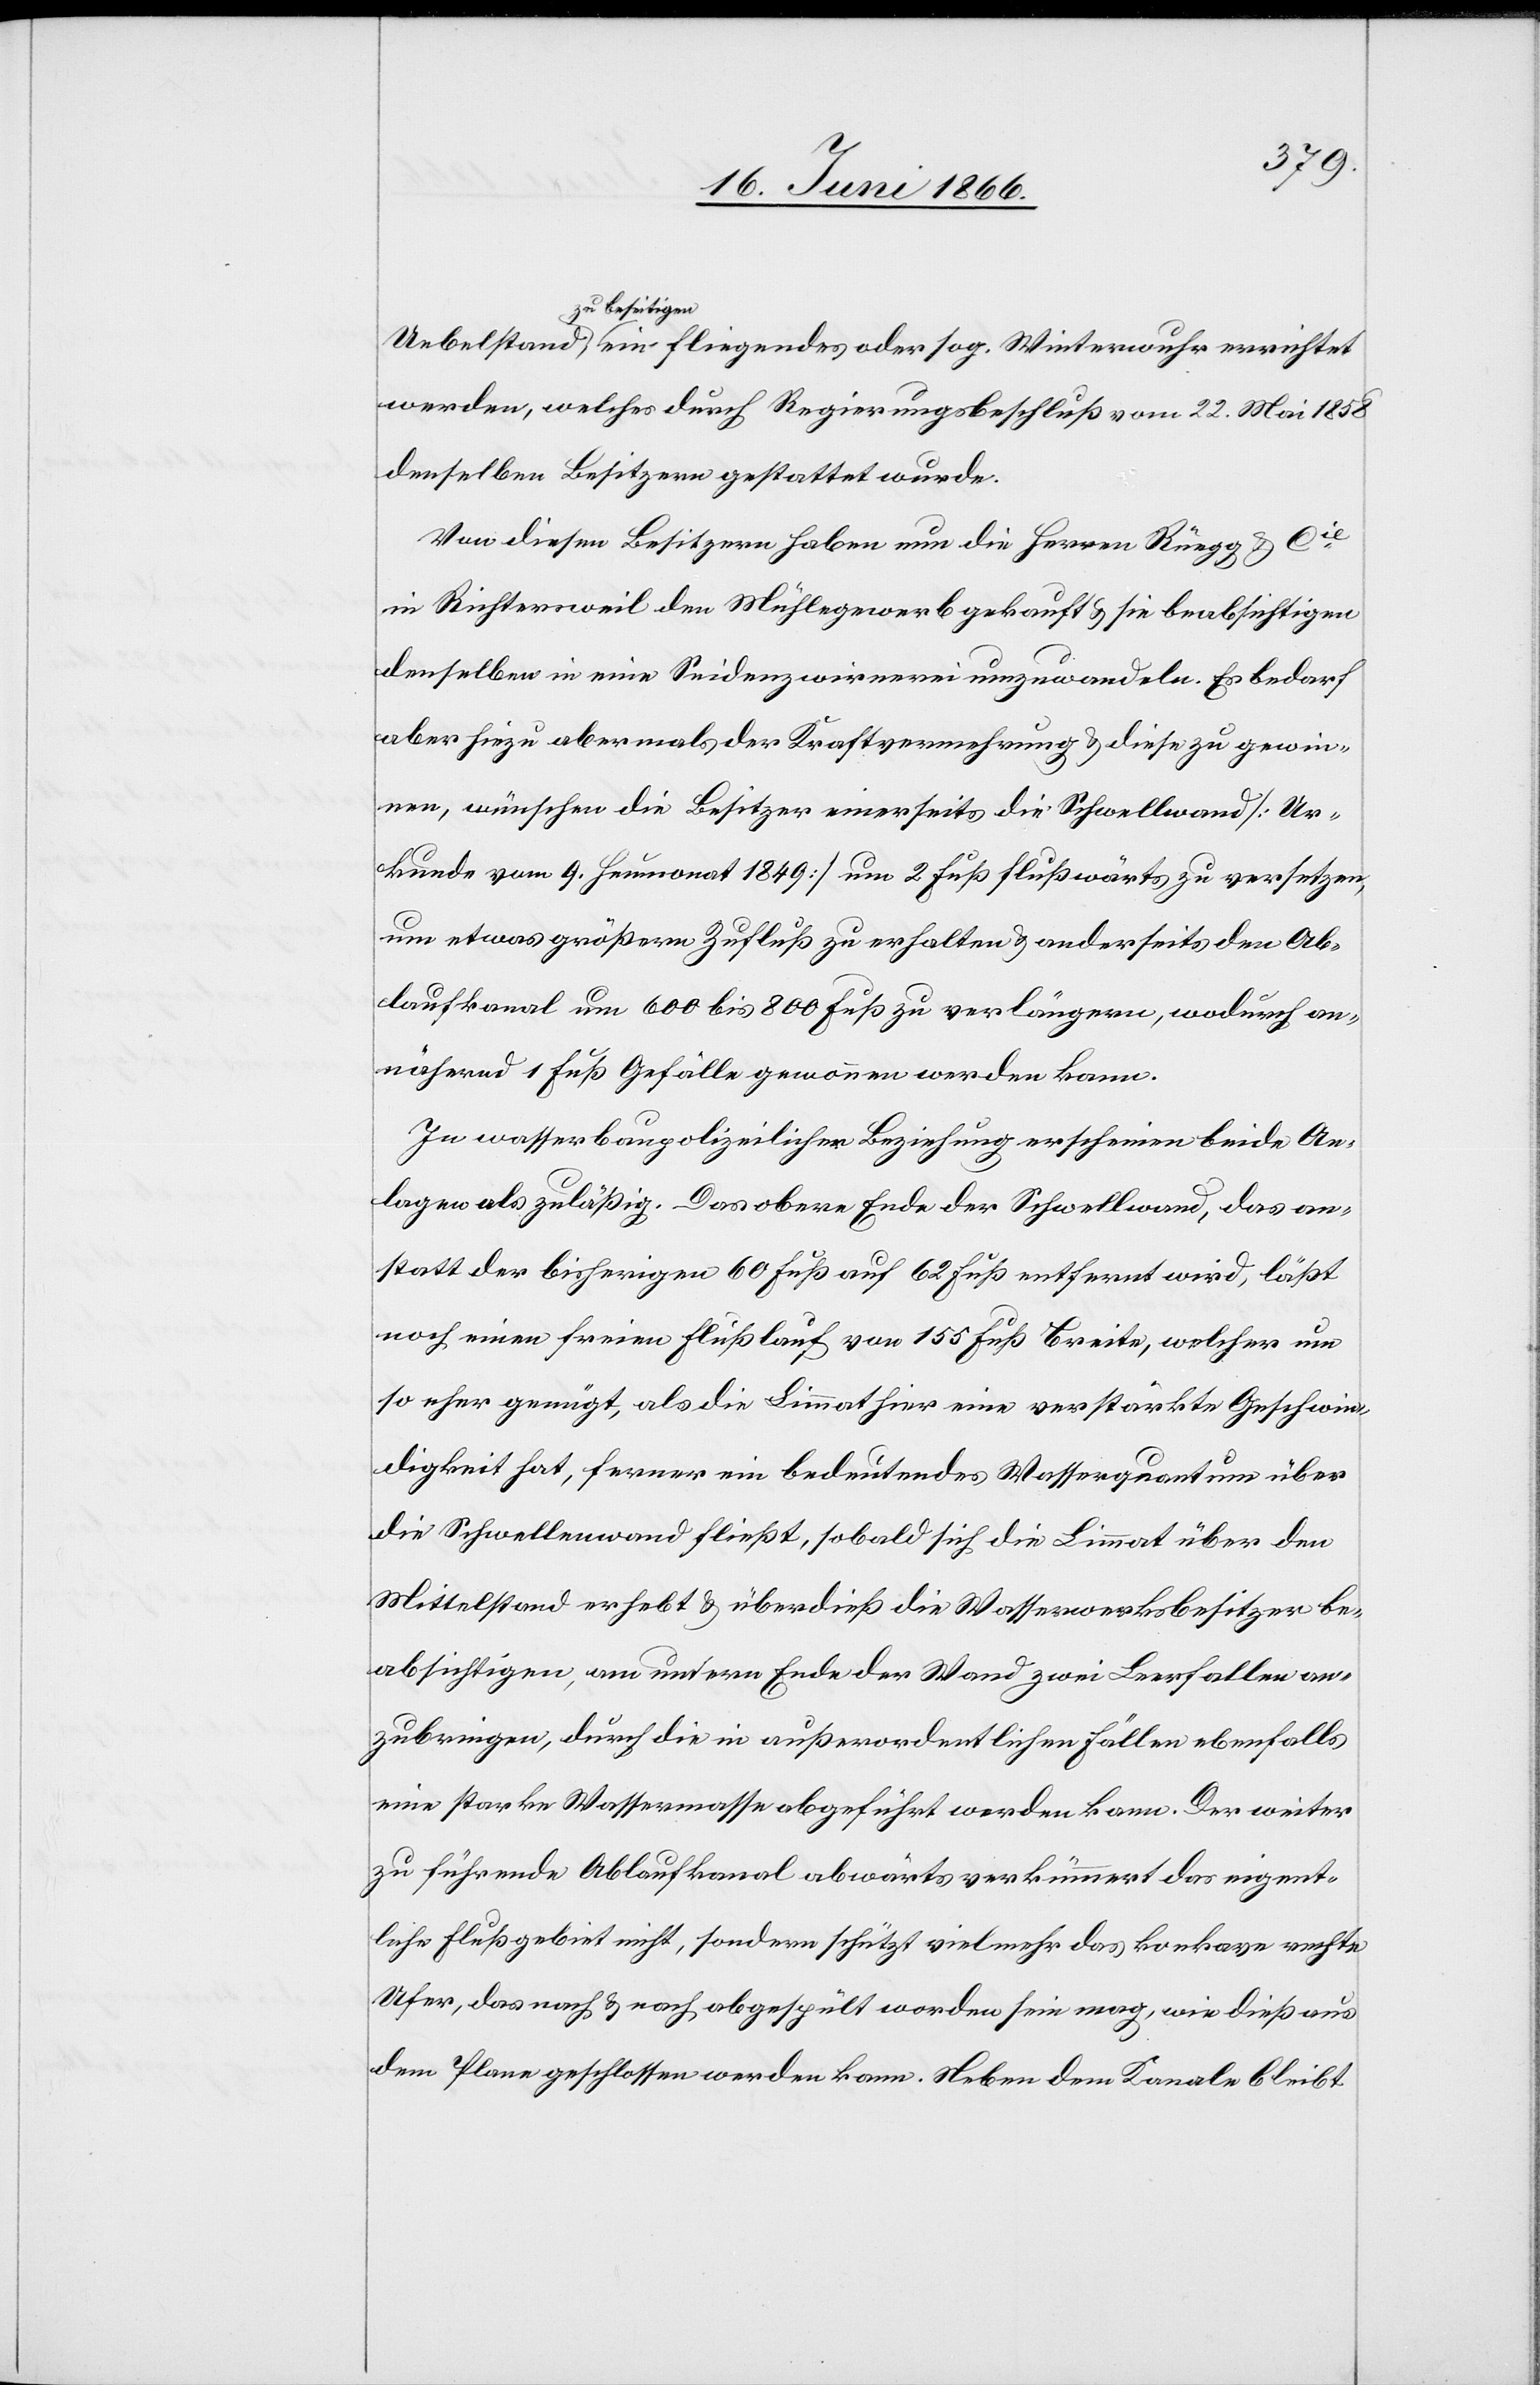
zu beseitigen,
werden, welches durch Regierungsbeschluß vom 22. Mai 1858
denselben Besitzern gestattet wurde.
Von diesen Besitzern haben nun die Herren Rüegg & Cie.
in Richtersweil den Mühlegewerb gekauft u. sie beabsichtigen
denselben in eine Seidenzwirnerei umzuwandeln. Es bedarf
aber hiezu abermals der Kraftvermehrung & [um] diese zu gewin¬
nen, wünschen die Besitzer einerseits die Schwellwand [Ur¬
kunde vom 9. Heumonat 1849] um 2 Fuß flußwärts zu versetzen,
um etwas größern Zufluß zu erhalten u. anderseits den Ab¬
laufkanal um 600 bis 800 Fuß zu verlängern, wodurch an¬
nähernd 1 Fuß Gefälle gewonnen werden kann.
In wasserbaupolizeilicher Beziehung erscheinen beide An¬
lagen als zuläßig. Das obere Ende der Schwellwand, das an¬
statt der bisherigen 60 Fuß auf 62 Fuß entfernt wird, läßt
noch einen freien Flußlauf von 155 Fuß Breite, welcher um
so eher genügt, als die Limmat hier eine verstärkte Geschwin¬
digkeit hat, ferner ein bedeutendes Wasserquantum über
die Schwellenwand fließt, sobald sich die Limmat über den
Mittelstand erhebt u. überdieß die Wasserwerksbesitzer be¬
absichtigen, am untern Ende der Wand zwei Leerfallen an¬
zubringen, durch die in außerordentlichen Fällen ebenfalls
eine starke Wassermasse abgeführt werden kann. Der weiter
zu führende Ablaufkanal abwärts verkümmert das eigent¬
liche Flußgebiet nicht, sondern schützt vielmehr das konkave rechte
Ufer, das nach u. nach abgespült worden sein mag, wie dieß aus
dem Plane geschlossen werden kann. Neben dem Kanale bleibt